NAE_EAOK_eestikeelsed_sunnimeetrikad, lk 83
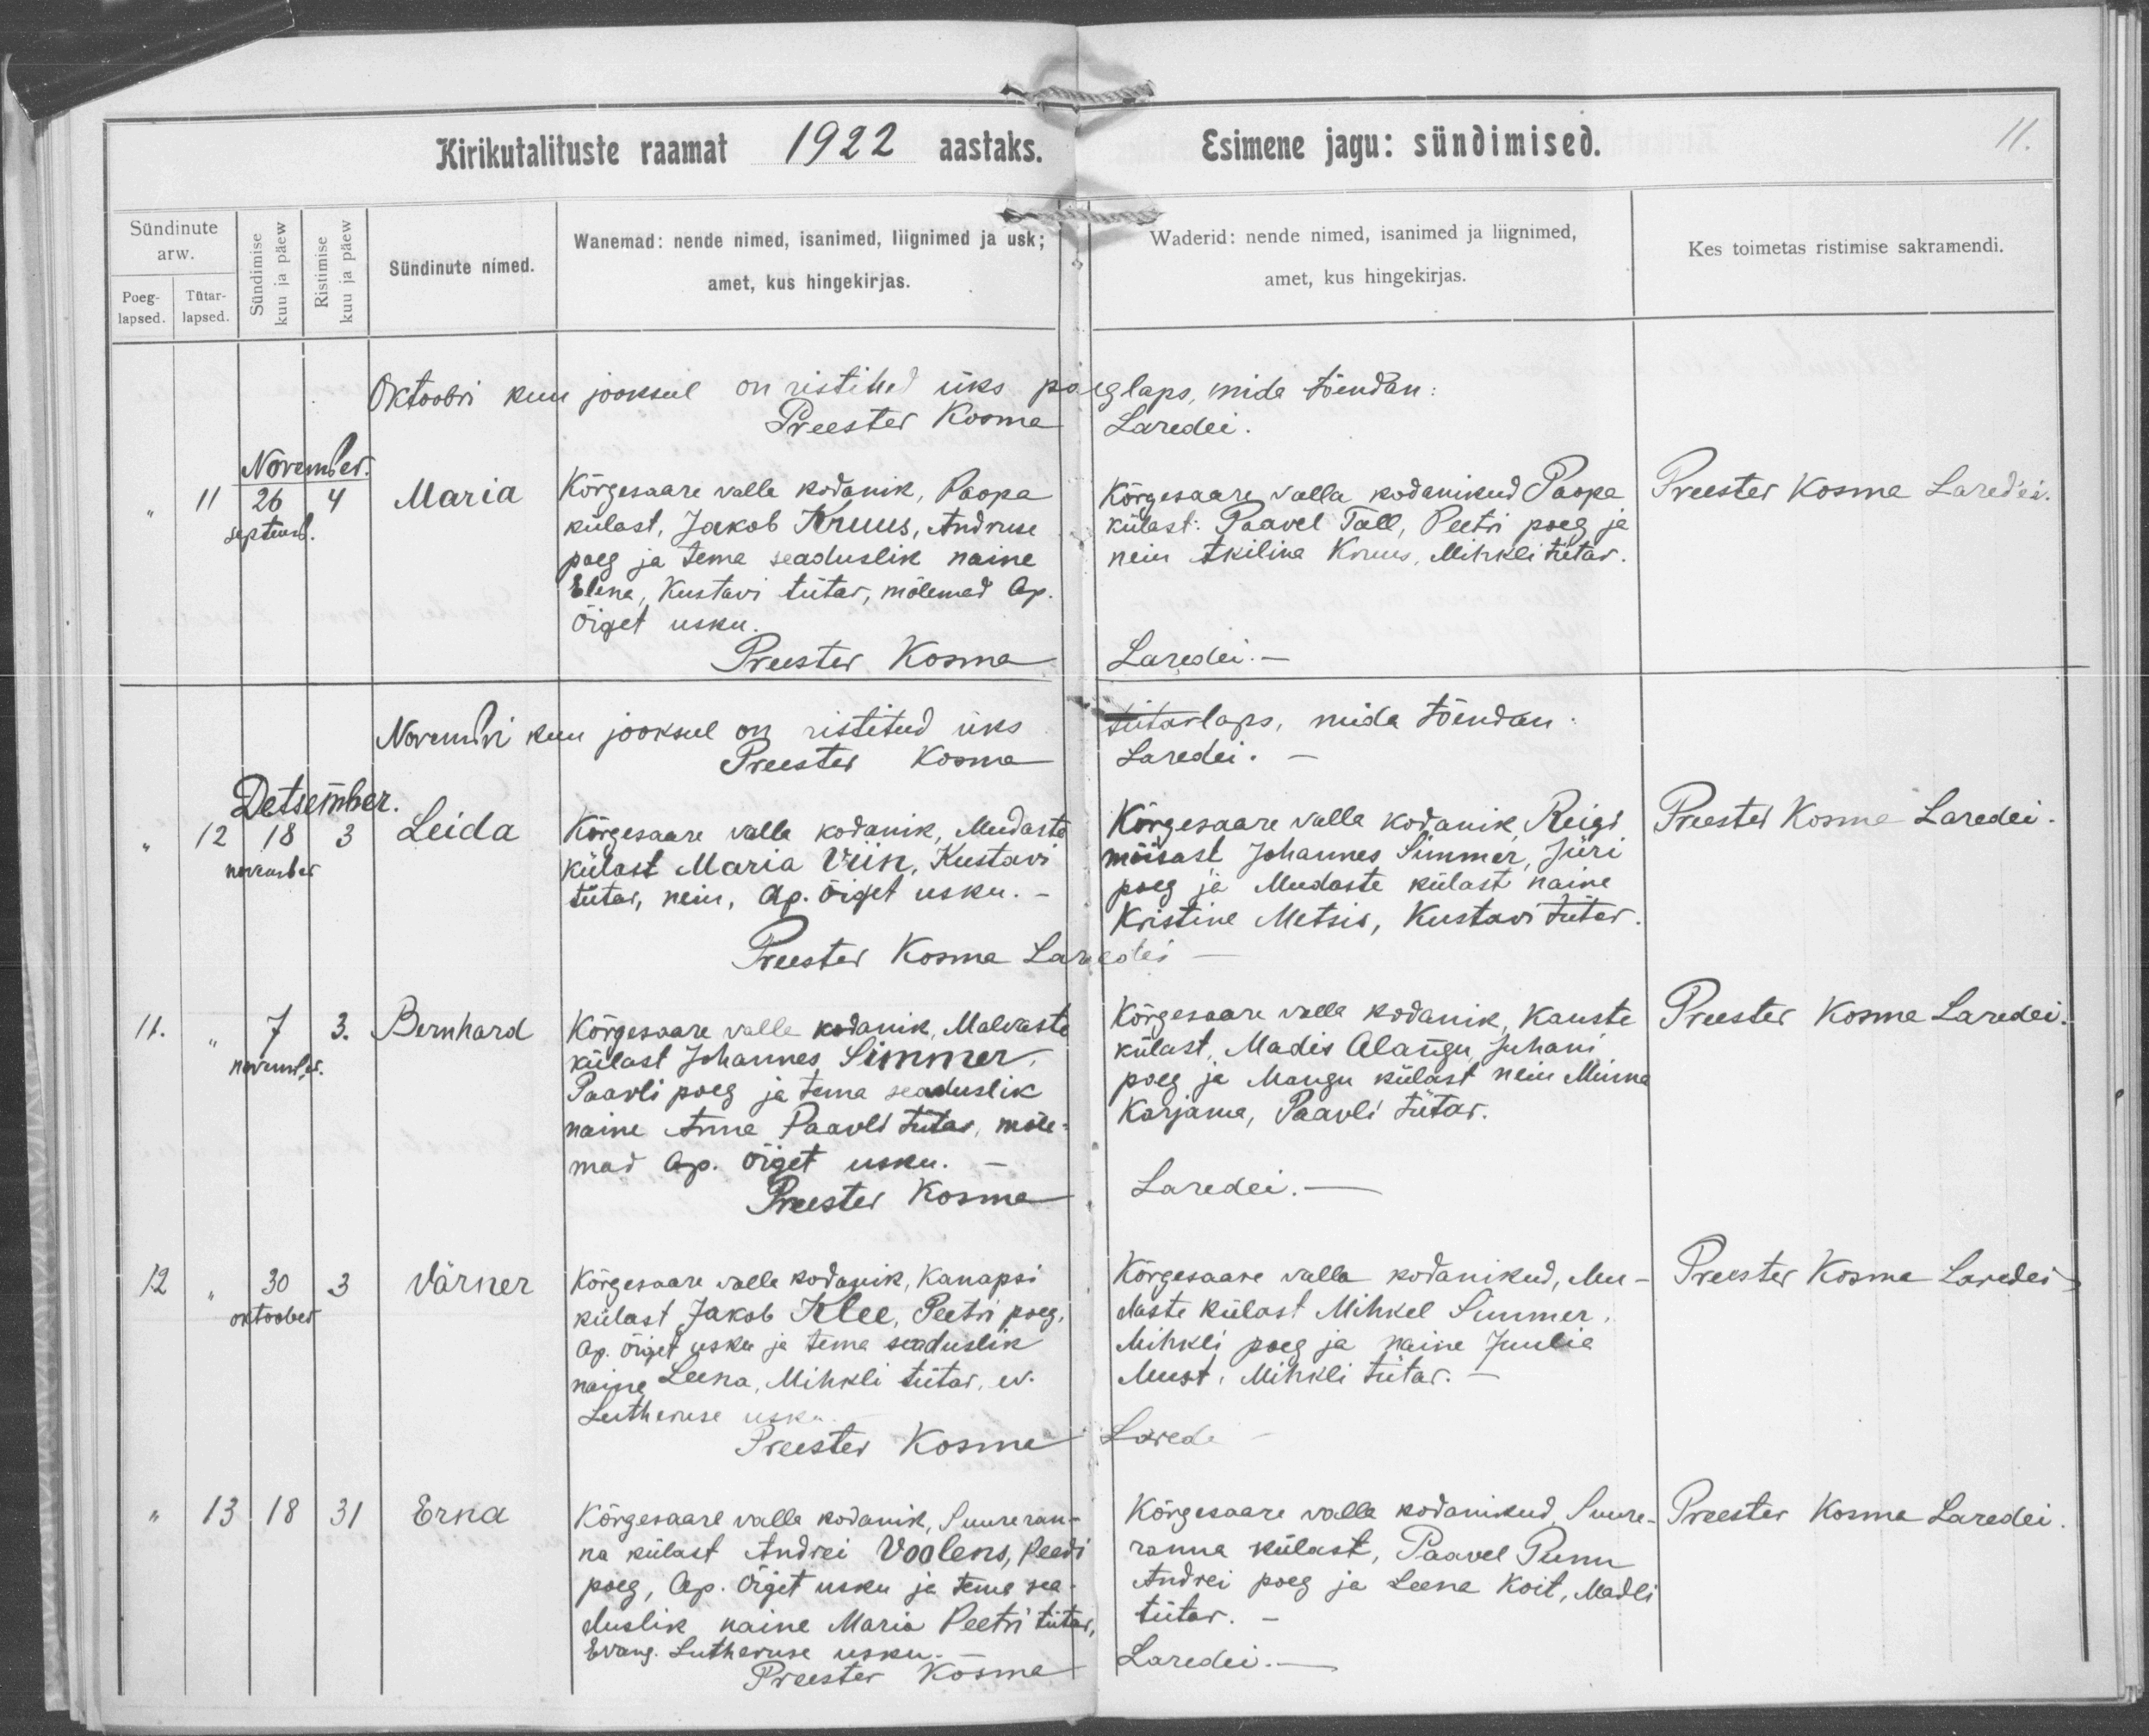
Maria

Leida

Bernhard

Värner

Erna

Kõrgesaare valla kodanik, Paope
külast, Jakob Kruus, Andruse
poeg ja tema seaduslik naine
Elena, Kustavi tütar, mõlemad Ap.
Õiget usku.

Kõrgesaare valla kodanik, Mudaste
külast Maria Viin, Kustavi
tütar, neiu, Ap. Õiget usku.

Kõrgesaare valla kodanik, Malvaste
külast Johannes Simmer
Paavli poeg ja tema seaduslik
naine Anne Paavli tütar, mõle-
mad Ap. oiget usku.

Kõrgesaare valla kodanik, Kanapsi
külast Jakob Klee, Peetri poeg,
Ap. õiget usku ja tema seaduslik
naine Leena, Mihkli tütar, ev.
Lutheruse usku.

Kõrgesaare valla kodanik, Suureran-
na külast Andrei Voolens, Peedi
poeg, Ap. Õiget usku ja tema sea-
duslik naine Maria Peetri tütar
Evang. Lutheruse usku.